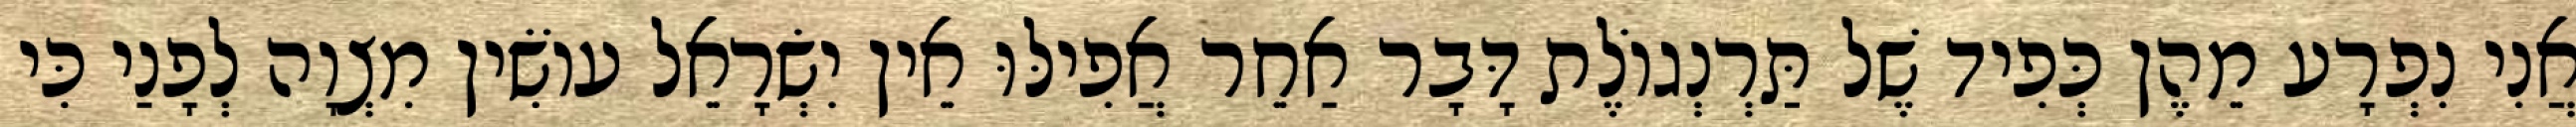
אֲנִי נִפְרָע מֵהֶן כְּפִיד שֶׁל תַּרְנְגוֹלֶת דָּבָר אַחֵר אֲפִילּוּ אֵין יִשְׂרָאֵל עוֹשִׂין מִצְוָה לְפָנַי כִּי